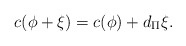
\begin{align*}c(\phi + \xi) = c(\phi) + d_\Pi \xi .\end{align*}